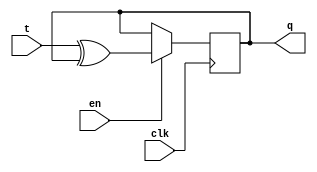
module xup_tff_en#(parameter DELAY = 3)(
    input t,
    input clk,
    input en,
    output q
    );
    
    reg q;
    initial q=0;
    always @(posedge clk)
    begin 
        if(en)
            q<= #DELAY t^q;
    end
endmodule